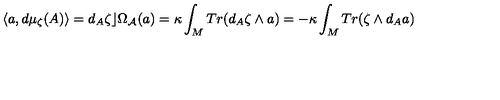
\langle a , d \mu _ { \zeta } ( A ) \rangle = d _ { A } \zeta \rfloor \Omega _ { { \cal A } } ( a ) = \kappa \int _ { M } T r ( d _ { A } \zeta \wedge a ) = - \kappa \int _ { M } T r ( \zeta \wedge d _ { A } a )